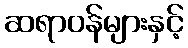
ဆရာဝန်များနှင့်